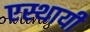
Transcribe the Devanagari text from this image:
एस्थायी